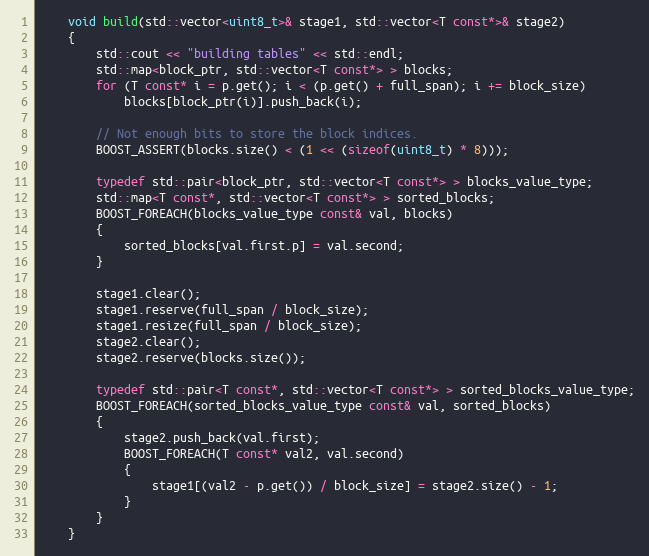
Language: C++
    void build(std::vector<uint8_t>& stage1, std::vector<T const*>& stage2)
    {
        std::cout << "building tables" << std::endl;
        std::map<block_ptr, std::vector<T const*> > blocks;
        for (T const* i = p.get(); i < (p.get() + full_span); i += block_size)
            blocks[block_ptr(i)].push_back(i);

        // Not enough bits to store the block indices.
        BOOST_ASSERT(blocks.size() < (1 << (sizeof(uint8_t) * 8)));

        typedef std::pair<block_ptr, std::vector<T const*> > blocks_value_type;
        std::map<T const*, std::vector<T const*> > sorted_blocks;
        BOOST_FOREACH(blocks_value_type const& val, blocks)
        {
            sorted_blocks[val.first.p] = val.second;
        }

        stage1.clear();
        stage1.reserve(full_span / block_size);
        stage1.resize(full_span / block_size);
        stage2.clear();
        stage2.reserve(blocks.size());

        typedef std::pair<T const*, std::vector<T const*> > sorted_blocks_value_type;
        BOOST_FOREACH(sorted_blocks_value_type const& val, sorted_blocks)
        {
            stage2.push_back(val.first);
            BOOST_FOREACH(T const* val2, val.second)
            {
                stage1[(val2 - p.get()) / block_size] = stage2.size() - 1;
            }
        }
    }